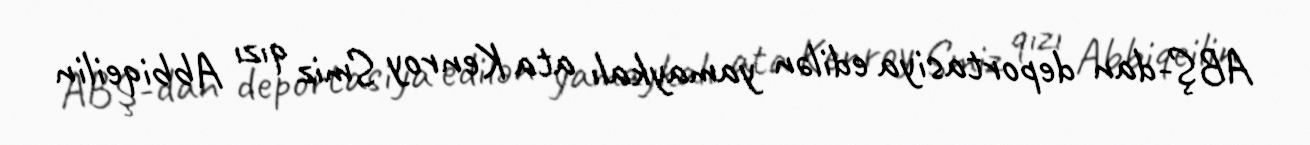
ABŞ-dan deportasiya edilən yamaykalı ata Kenroy Smiz qızı Abbiqeilin